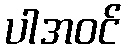
ပါအဝင်